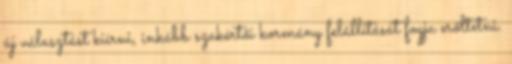
új választást kiírni, inkább szakértői kormány felállítását fogja erőltetni.